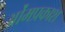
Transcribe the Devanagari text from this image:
ओंमप्रकाश